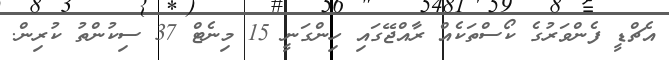
އެޗްޑީ ފެންވަރުގެ ކޯސްތަކެއް ރާއްޖޭގައި ހިންގަނީ 15 މިނެޓް 37 ސިކުންތު ކުރިން.